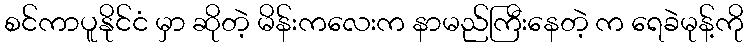
စင်ကာပူနိုင်ငံ မှာ ဆိုတဲ့ မိန်းကလေးက နာမည်ကြီးနေတဲ့ က ရေခဲမုန့်ကို